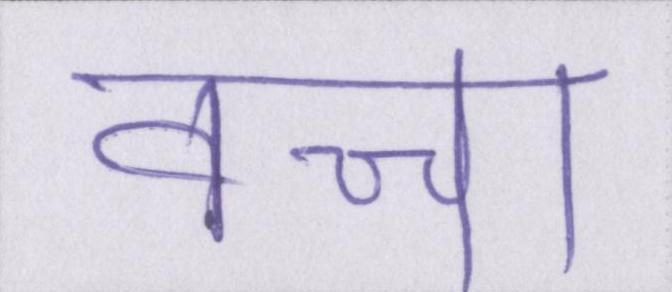
कच्चा